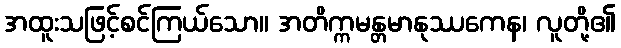
အထူးသဖြင့်စင်ကြယ်သော။ အတိက္ကမန္တမာနုဿကေန၊ လူတို့၏